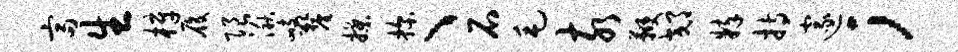
富生梓履限湫峙厘揲探、石毛亥鞭郊粹持邃；